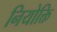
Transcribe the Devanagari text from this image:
नियोक्ति